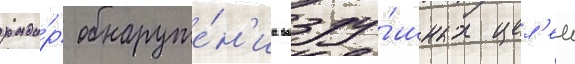
рада́р обнаруже́н'иа возду́шных цел'еи